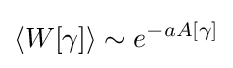
\langle W[\gamma ]\rangle \sim e^{-aA[\gamma ]}